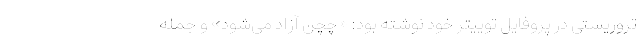
تروریستی در پروفایل توییتر خود نوشته بود: «چچن آزاد می‌شود» و جمله